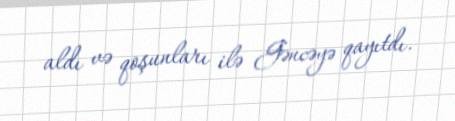
aldı və qoşunları ilə Gəncəyə qayıtdı.